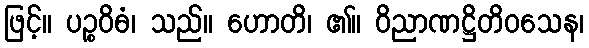
ဖြင့်။ ပဉ္စဝိဓံ၊ သည်။ ဟောတိ၊ ၏။ ဝိညာဏဋ္ဌိတိဝသေန၊